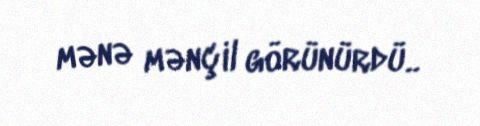
mənə mənçil görünürdü..